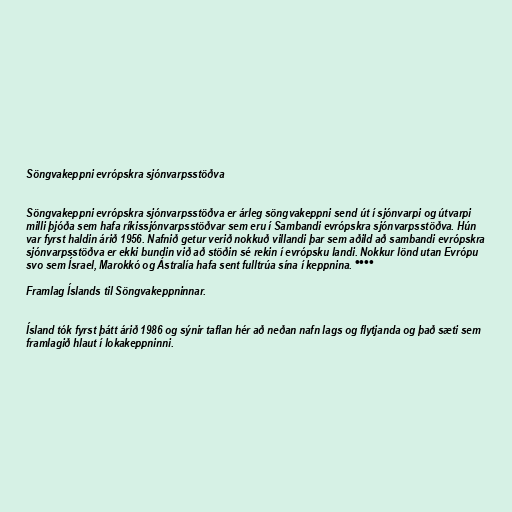
Söngvakeppni evrópskra sjónvarpsstöðva

Söngvakeppni evrópskra sjónvarpsstöðva er árleg söngvakeppni send út í sjónvarpi og útvarpi
milli þjóða sem hafa ríkissjónvarpsstöðvar sem eru í Sambandi evrópskra sjónvarpsstöðva. Hún
var fyrst haldin árið 1956. Nafnið getur verið nokkuð villandi þar sem aðild að sambandi evrópskra
sjónvarpsstöðva er ekki bundin við að stöðin sé rekin í evrópsku landi. Nokkur lönd utan Evrópu
svo sem Ísrael, Marokkó og Ástralía hafa sent fulltrúa sína í keppnina. °°°°

Framlag Íslands til Söngvakeppninnar.

Ísland tók fyrst þátt árið 1986 og sýnir taflan hér að neðan nafn lags og flytjanda og það sæti sem
framlagið hlaut í lokakeppninni.